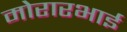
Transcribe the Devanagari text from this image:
मोरारभाई